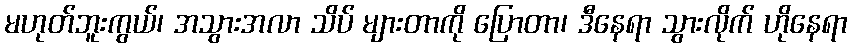
မဟုတ်ဘူးကွယ်၊ အသွားအလာ သိပ် များတာကို ပြောတာ၊ ဒီနေရာ သွားလိုက် ဟိုနေရာ